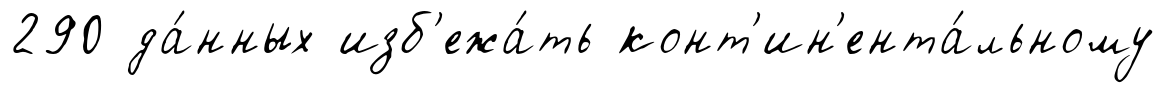
290 да́нных изб'ежа́ть конт'ин'ента́льному